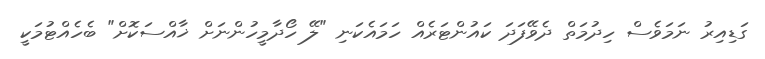
ގަޑިއިރު ނަމަވެސް ހިދުމަތް ދެވޭފަދަ ކައުންޓަރެއް ހަމައެކަނި "ލޭ ހޯދާމީހުންނަށް ޚާއްސަކޮށް" ބެހެއްޓުމަކީ